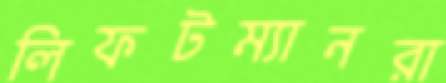
লিফটম্যানরা